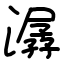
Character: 潺